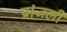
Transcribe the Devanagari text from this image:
प्रांजली